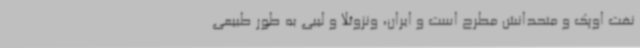
نفت اوپک و متحدانش مطرح است و ایران، ونزوئلا و لیبی به طور طبیعی